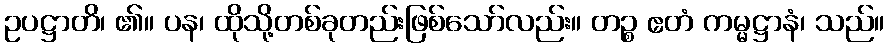
ဥပဋ္ဌာတိ၊ ၏။ ပန၊ ထိုသို့တစ်ခုတည်းဖြစ်သော်လည်း။ တဉ္စ ဧတံ ကမ္မဋ္ဌာနံ၊ သည်။